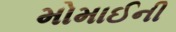
મોમાઈની